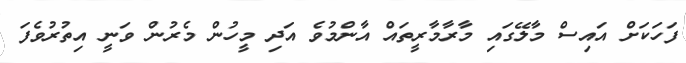
ފަހަކަށް އައިސް މާލޭގައި މާރާމާރީތައް އާންމުވެ އަދި މީހުން މެރުން ވަނީ އިތުރުވެފަ